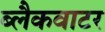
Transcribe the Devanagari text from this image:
ब्लैकवाटर